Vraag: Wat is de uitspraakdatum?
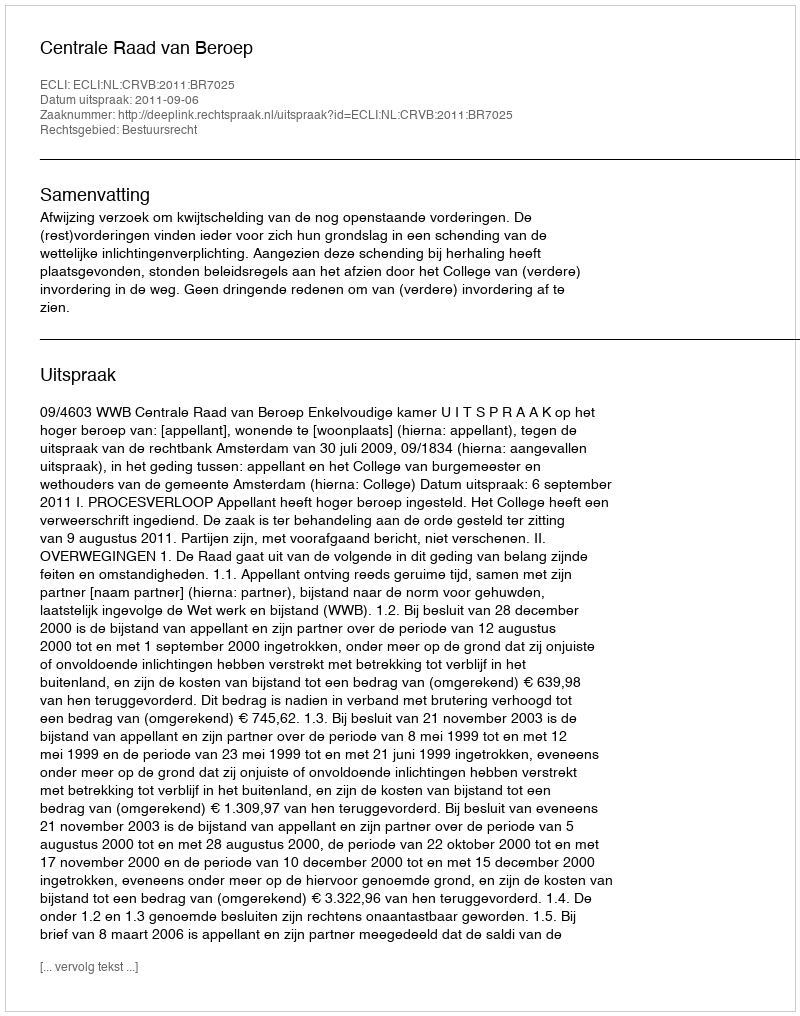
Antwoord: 2011-09-06